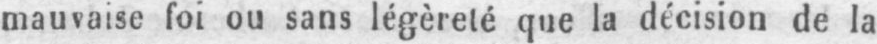
mauvaise foi ou sans légèreté que la décision de la